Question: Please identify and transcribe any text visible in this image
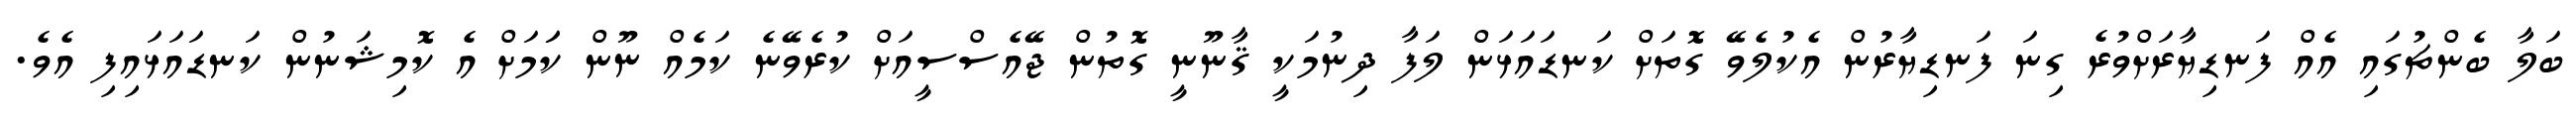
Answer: ބަލާ ބެންޗުގައި އެއް ފަނޑިޔާރަށްވުރެ ގިނަ ފަނޑިޔާރުން އެކުލެވޭ ގޮތަށް ކަނޑައަޅަން ލަފާ ދިނުމަކީ ޤާނޫނީ ގޮތުން ޖޭއެސްސީއަށް ކުރެވޭނެ ކަމެއް ނޫން ކަަމަށް އެ ކޮމިޝަނުން ކަނޑައަޅައިފި އެވެ.